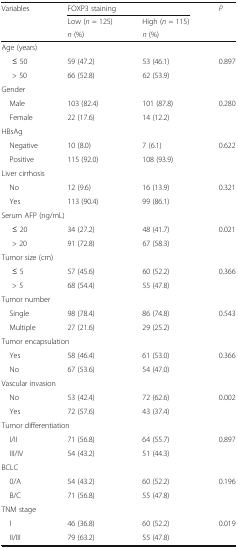
<table><thead><tr><td><b>Variables</b></td><td colspan="2"><b>FOXP3 staining</b></td><td><b><i>P</i></b></td></tr><tr><td></td><td><b>Low (<i>n</i> = 125)</b></td><td><b>High (<i>n</i> = 115)</b></td><td></td></tr><tr><td></td><td><b><i>n</i> (%)</b></td><td><b><i>n</i> (%)</b></td><td></td></tr></thead><tbody><tr><td colspan="4">Age (years)</td></tr><tr><td>≤ 50</td><td>59 (47.2)</td><td>53 (46.1)</td><td>0.897</td></tr><tr><td>&gt; 50</td><td>66 (52.8)</td><td>62 (53.9)</td><td></td></tr><tr><td colspan="4">Gender</td></tr><tr><td> Male</td><td>103 (82.4)</td><td>101 (87.8)</td><td>0.280</td></tr><tr><td> Female</td><td>22 (17.6)</td><td>14 (12.2)</td><td></td></tr><tr><td colspan="4">HBsAg</td></tr><tr><td> Negative</td><td>10 (8.0)</td><td>7 (6.1)</td><td>0.622</td></tr><tr><td> Positive</td><td>115 (92.0)</td><td>108 (93.9)</td><td></td></tr><tr><td colspan="4">Liver cirrhosis</td></tr><tr><td> No</td><td>12 (9.6)</td><td>16 (13.9)</td><td>0.321</td></tr><tr><td> Yes</td><td>113 (90.4)</td><td>99 (86.1)</td><td></td></tr><tr><td colspan="4">Serum AFP (ng/mL)</td></tr><tr><td>≤ 20</td><td>34 (27.2)</td><td>48 (41.7)</td><td>0.021</td></tr><tr><td>&gt; 20</td><td>91 (72.8)</td><td>67 (58.3)</td><td></td></tr><tr><td colspan="4">Tumor size (cm)</td></tr><tr><td>≤ 5</td><td>57 (45.6)</td><td>60 (52.2)</td><td>0.366</td></tr><tr><td>&gt; 5</td><td>68 (54.4)</td><td>55 (47.8)</td><td></td></tr><tr><td colspan="4">Tumor number</td></tr><tr><td> Single</td><td>98 (78.4)</td><td>86 (74.8)</td><td>0.543</td></tr><tr><td> Multiple</td><td>27 (21.6)</td><td>29 (25.2)</td><td></td></tr><tr><td colspan="4">Tumor encapsulation</td></tr><tr><td> Yes</td><td>58 (46.4)</td><td>61 (53.0)</td><td>0.366</td></tr><tr><td> No</td><td>67 (53.6)</td><td>54 (47.0)</td><td></td></tr><tr><td colspan="4">Vascular invasion</td></tr><tr><td> No</td><td>53 (42.4)</td><td>72 (62.6)</td><td>0.002</td></tr><tr><td> Yes</td><td>72 (57.6)</td><td>43 (37.4)</td><td></td></tr><tr><td colspan="4">Tumor differentiation</td></tr><tr><td> I/II</td><td>71 (56.8)</td><td>64 (55.7)</td><td>0.897</td></tr><tr><td> III/IV</td><td>54 (43.2)</td><td>51 (44.3)</td><td></td></tr><tr><td colspan="4">BCLC</td></tr><tr><td> 0/A</td><td>54 (43.2)</td><td>60 (52.2)</td><td>0.196</td></tr><tr><td> B/C</td><td>71 (56.8)</td><td>55 (47.8)</td><td></td></tr><tr><td colspan="4">TNM stage</td></tr><tr><td> I</td><td>46 (36.8)</td><td>60 (52.2)</td><td>0.019</td></tr><tr><td> II/III</td><td>79 (63.2)</td><td>55 (47.8)</td><td></td></tr></tbody></table>